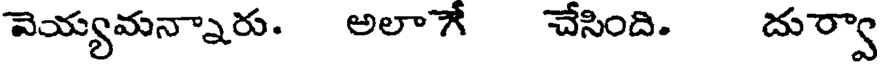
వెయ్యమన్నారు. అలాే చేసింది. దుర్వా